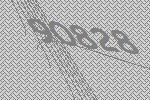
90828